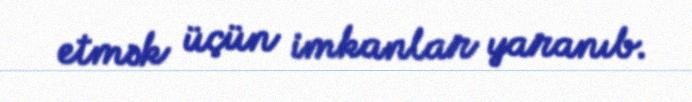
etmək üçün imkanlar yaranıb.